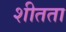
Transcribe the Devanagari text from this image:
शीतता